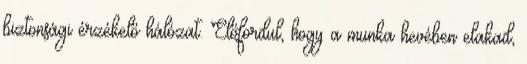
biztonsági érzékelő hálózat. Előfordul, hogy a munka hevében elakad,